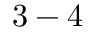
3 - 4